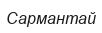
Сармантай